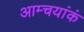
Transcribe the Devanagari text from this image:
आम्चयांकं